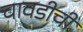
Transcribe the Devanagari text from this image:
चावडीची